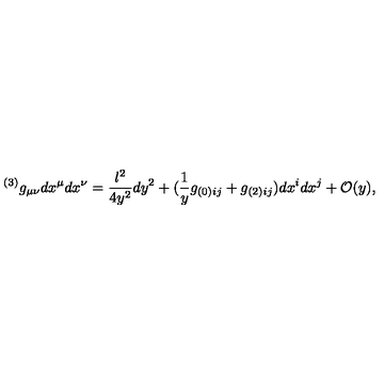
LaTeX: ^ { ( 3 ) } g _ { \mu \nu } d x ^ { \mu } d x ^ { \nu } = \frac { l ^ { 2 } } { 4 y ^ { 2 } } d y ^ { 2 } + ( \frac { 1 } { y } g _ { ( 0 ) i j } + g _ { ( 2 ) i j } ) d x ^ { i } d x ^ { j } + { \cal O } ( y ) ,